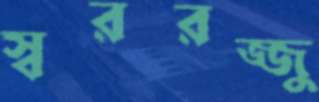
স্বররজ্জু